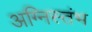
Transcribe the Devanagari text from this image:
अग्निस्तंभ